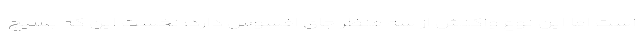
است اما این نوع واکنش از سه منظر جای افسوس دارد: نخست این که بسیج